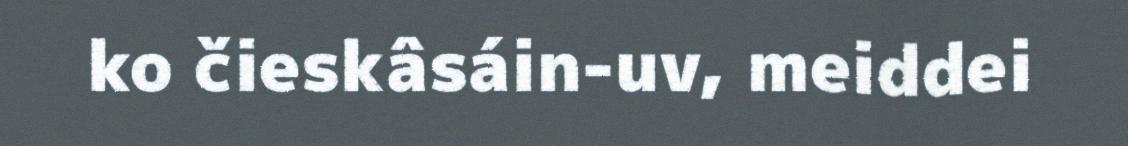
ko čieskâsáin-uv, meiddei